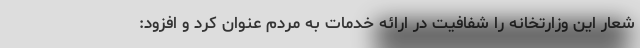
شعار این وزارتخانه را شفافیت در ارائه خدمات به مردم عنوان کرد و افزود: